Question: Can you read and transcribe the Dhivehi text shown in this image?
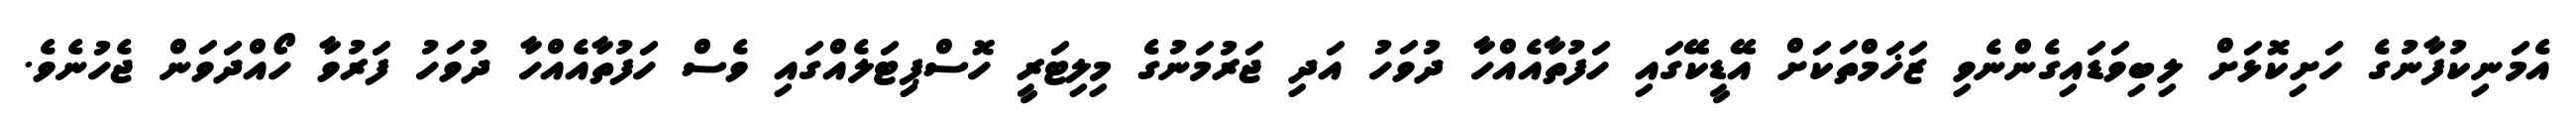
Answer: އެމަނިކުފާނުގެ ހަށިކޮޅަށް ލިބިވަޑައިގެންނެވި ޒަޚަމްތަކަށް އޭޑީކޭގައި ހަފުތާއެއްހާ ދުވަހު އަދި ޖަރުމަނުގެ މިލިޓަރީ ހޮސްޕިޓަލެއްގައި ވެސް ހަފުތާއެއްހާ ދުވަހު ފަރުވާ ހޯއްދަވަން ޖެހުނެވެ.